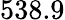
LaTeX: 538.9